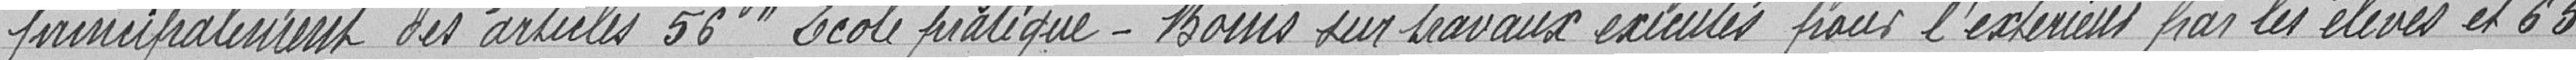
principalement des articles 56" Ecole pratique - Bonus sur travaux exécutés par les élèves" et 65